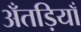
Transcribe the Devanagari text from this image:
अँतड़ियाँ